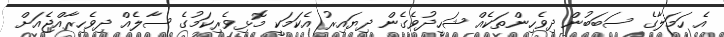
އެ ހަމަލާގެ ސަބަބުން ދިވެހިންތަކެއް ޝަހީދުވެގެން ދިޔައިރު އެކަމަކީ މޮޅިވެރިކަމުގެ ސާލެއް ދިވެހިރާއްޖެއަށް